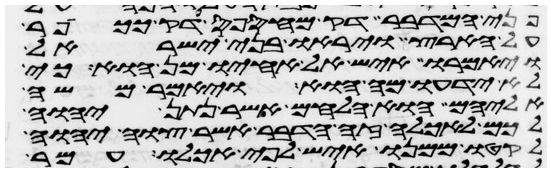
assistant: פני המדבר דק מחספס דק ככופר
על הארץ ויראו בני ישראל
ויאמרו איש אל אחיו מן הוא כי
לא ידעו מה הוא ויאמר משה
אליהם הוא הלחם אשר נתן יהוה
לכם לאכלה זה הדבר אשר צוה יהוה
לקטו ממנו איש לפי אכלו עמר